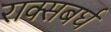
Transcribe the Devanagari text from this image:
राक्सबर्घ